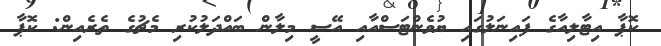
ކޮޕާ އިޓާލިއާގެ ފައިނަލުގައި ޔުވެންޓަސްއާއި އޭސީ މިލާން ބައްދަލުކުރި މެޗުގެ ތެރެއިން: ކޮޕާ